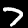
Digit: 7